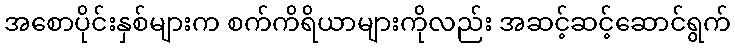
အစောပိုင်းနှစ်များက စက်ကိရိယာများကိုလည်း အဆင့်ဆင့်ဆောင်ရွက်